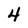
Character: 4